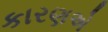
કારણએ